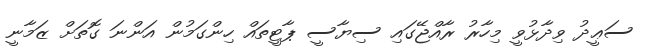
ސަޢީދު ވިދާޅުވީ މިހާރު ރާއްޖޭގައި ސިޔާސީ ޕާޓީތައް ހިންގަމުން އަންނަ ގޮތަށް ޒަމާނީ